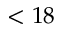
< 1 8